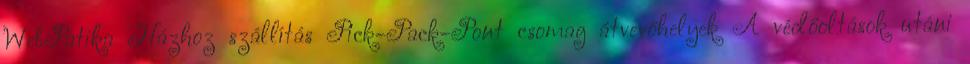
WebPatika Házhoz szállítás Pick-Pack-Pont csomag átvevőhelyek A védőoltások utáni